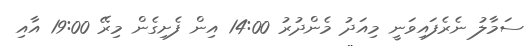
ސަމާލު ނެރެފައިވަނީ މިއަދު މެންދުރު 14:00 އިން ފެށިގެން މިރޭ 19:00 އާއި